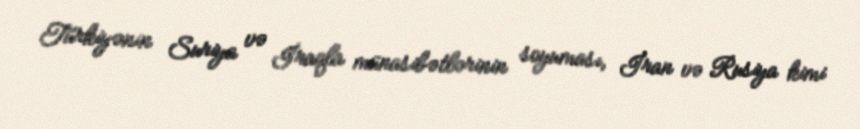
Türkiyənin Suriya və İraqla münasibətlərinin soyuması, İran və Rusiya kimi